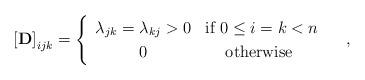
LaTeX: \begin{align*}\left[\mathbf{D}\right]_{ijk}=\begin{cases}\begin{array}{cc}\lambda_{jk}=\lambda_{kj}>0 & \mbox{if }0\le i=k<n\\0 & \mbox{otherwise }\end{array}\end{cases},\end{align*}